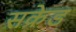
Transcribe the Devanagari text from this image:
सक्रेड